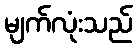
မျက်လုံးသည်